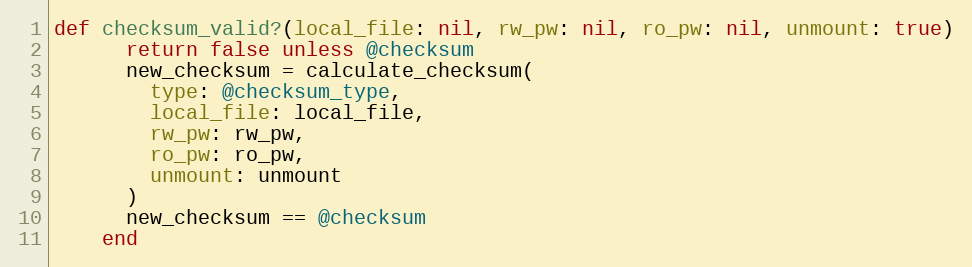
Language: Ruby
def checksum_valid?(local_file: nil, rw_pw: nil, ro_pw: nil, unmount: true)
      return false unless @checksum
      new_checksum = calculate_checksum(
        type: @checksum_type,
        local_file: local_file,
        rw_pw: rw_pw,
        ro_pw: ro_pw,
        unmount: unmount
      )
      new_checksum == @checksum
    end